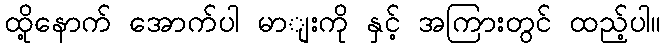
ထို့နောက် အောက်ပါ မာျးကို နှင့် အကြားတွင် ထည့်ပါ။